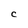
Character: c